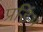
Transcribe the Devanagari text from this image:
प्रडिंभ